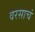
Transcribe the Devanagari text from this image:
वरसाचं